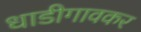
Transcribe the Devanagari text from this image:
धाडीगावकर